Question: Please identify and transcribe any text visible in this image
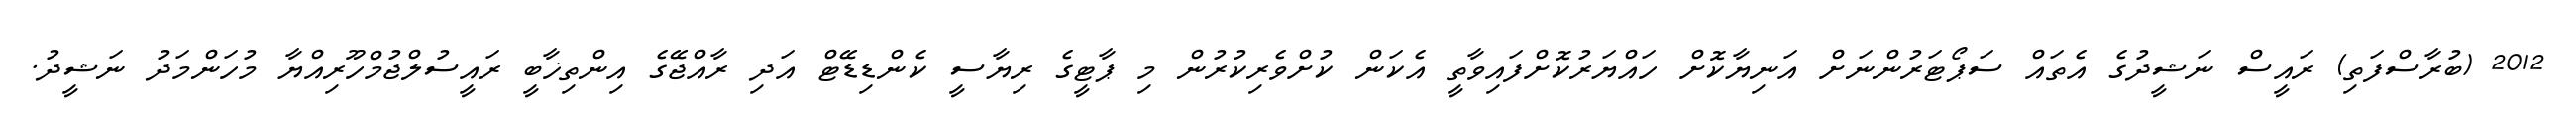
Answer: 2012 (ބުރާސްފަތި) ރައީސް ނަޝީދުގެ އެތައް ސަޕޯޓަރުންނަށް އަނިޔާކޮށް ހައްޔަރުކޮށްފައިވާތީ އެކަން ކުށްވެރިކުރުން މި ޕާޓީގެ ރިޔާސީ ކެންޑިޑޭޓް އަދި ރާއްޖޭގެ އިންތިޚާބީ ރައީސުލްޖުމްހޫރިއްޔާ މުހަންމަދު ނަޝީދު.